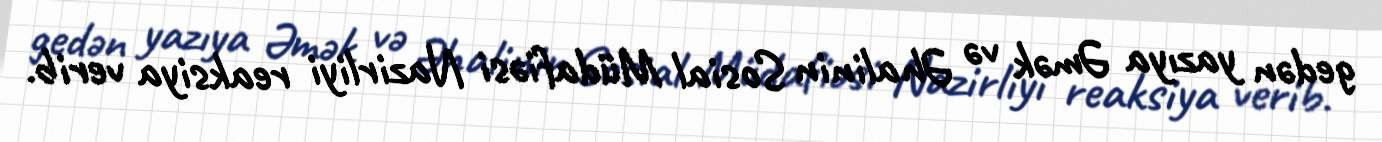
gedən yazıya Əmək və Əhalinin Sosial Müdafiəsi Nazirliyi reaksiya verib.